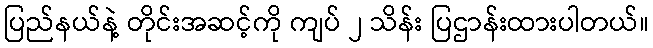
ပြည်နယ်နဲ့ တိုင်းအဆင့်ကို ကျပ် ၂ သိန်း ပြဌာန်းထားပါတယ်။